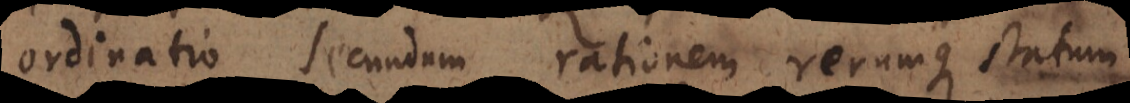
ordinatio secundum rationem rerumque statum